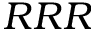
R R R